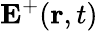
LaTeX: \textbf{E}^{+}(\textbf{r},t)